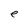
Character: e